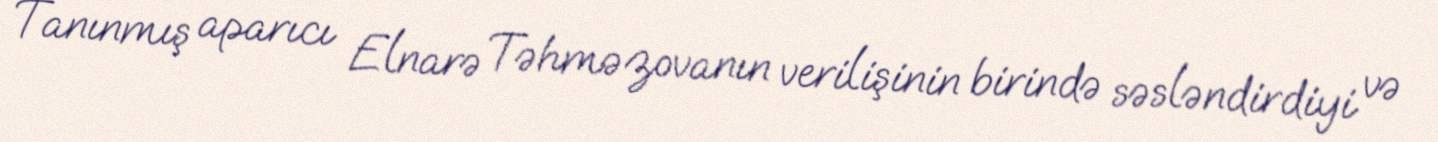
Tanınmış aparıcı Elnarə Təhməzovanın verilişinin birində səsləndirdiyi və